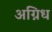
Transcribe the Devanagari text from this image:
अग्निध